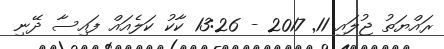
ރައްޔަތު ޖުލައި 11